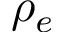
\rho _ { e }